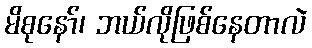
မိစုနော်၊ ဘယ်လိုဖြစ်နေတာလဲ